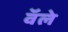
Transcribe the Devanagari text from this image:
वॅले